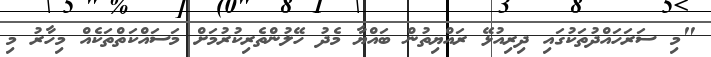
"މި ސަރަހައްދުތަކުގައި ދިރިއުޅޭ ރައްޔިތުން ބައްޔާ މެދު ހޭލުންތެރިކުރުމަށް މަސައްކަތްތަކެއް މިހާރު މި